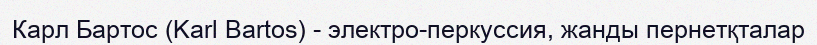
Карл Бартос (Karl Bartos) - электро-перкуссия, жанды пернетқталар